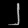
Digit: ၂